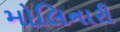
મોલિનારી